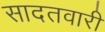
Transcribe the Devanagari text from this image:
सादतवारी